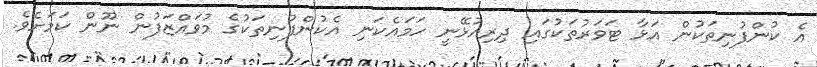
އެ ކުންފުނިތަކުން އަޅާ ޓަވަރުތަކުގައި ދިރިއުޅޭނީ ހަމައެކަނި އެކުންފުނިތަކުގެ މުވައްޒަފުން ނޫން ކަމަށެވެ.